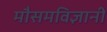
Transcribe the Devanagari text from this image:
मौसमविज्ञानी